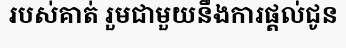
របស់គាត់ រួមជាមួយនឹងការផ្តល់ជូន